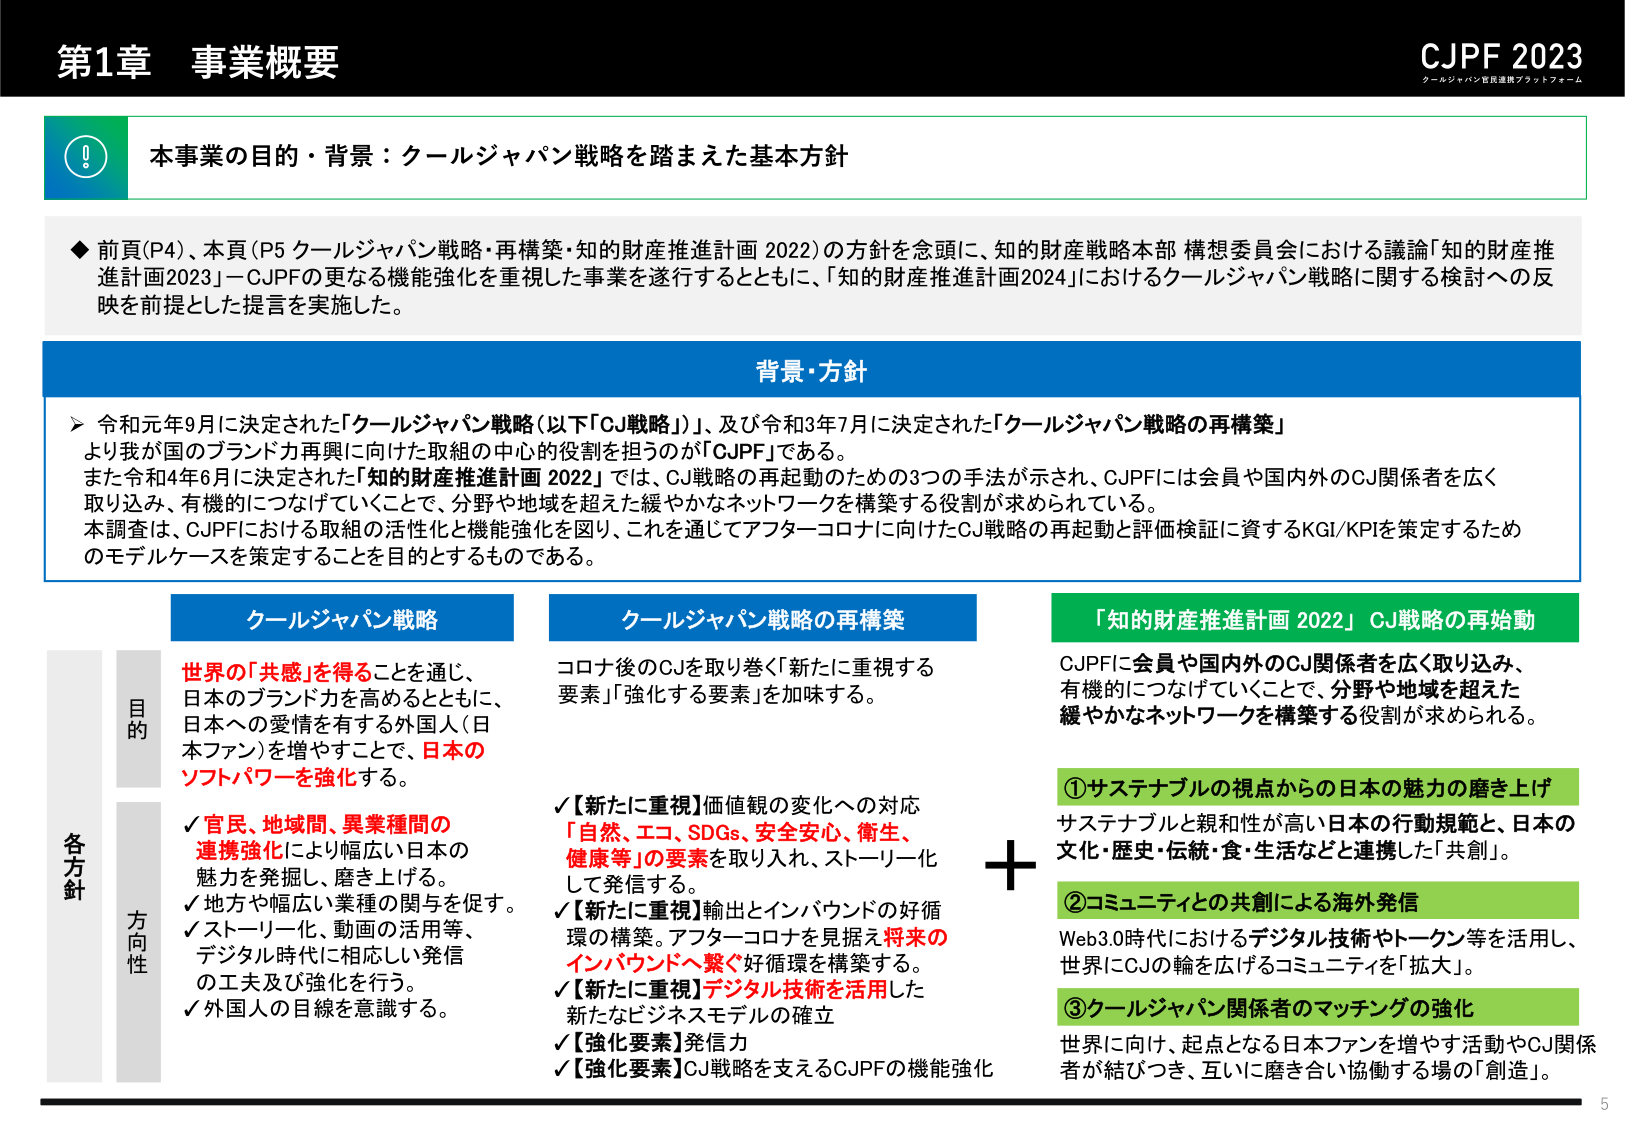
第1章 事業概要

CJPF 2023
クールジャパン官民連携プラットフォーム

本事業の目的・背景：クールジャパン戦略を踏まえた基本方針

◆ 前頁(P4)、本頁(P5 クールジャパン戦略・再構築・知的財産推進計画 2022)の方針を念頭に、知的財産戦略本部 構想委員会における議論「知的財産推進計画2023」－CJPFの更なる機能強化を重視した事業を遂行するとともに、「知的財産推進計画2024」におけるクールジャパン戦略に関する検討への反映を前提とした提言を実施した。

背景・方針

➢ 令和元年9月に決定された「クールジャパン戦略（以下「CJ戦略」）」、及び令和3年7月に決定された「クールジャパン戦略の再構築」
より我が国のブランド力再興に向けた取組の中心的役割を担うのが「CJPF」である。
また令和4年6月に決定された「知的財産推進計画 2022」では、CJ戦略の再起動のための3つの手法が示され、CJPFには会員や国内外のCJ関係者を広く取り込み、有機的につなげていくことで、分野や地域を超えた緩やかなネットワークを構築する役割が求められている。
本調査は、CJPFにおける取組の活性化と機能強化を図り、これを通じてアフターコロナに向けたCJ戦略の再起動と評価検証に資するKGI/KPIを策定するためのモデルケースを策定することを目的とするものである。

クールジャパン戦略

目的
世界の「共感」を得ることを通じ、
日本のブランド力を高めるとともに、
日本への愛情を有する外国人（日本ファン）を増やすことで、日本の
ソフトパワーを強化する。

各方針
方向性
✓ 官民、地域間、異業種間の
連携強化により幅広い日本の
魅力を発掘し、磨き上げる。
✓ 地方や幅広い業種の関与を促す。
✓ ストーリー化、動画の活用等、
デジタル時代に相応しい発信
の工夫及び強化を行う。
✓ 外国人の目線を意識する。

クールジャパン戦略の再構築

コロナ後のCJを取り巻く「新たに重視する
要素」「強化する要素」を加味する。

✓【新たに重視】価値観の変化への対応
「自然、エコ、SDGs、安全安心、衛生、
健康等」の要素を取り入れ、ストーリー化
して発信する。
✓【新たに重視】輸出とインバウンドの好循
環の構築。アフターコロナを見据え将来の
インバウンドへ繋ぐ好循環を構築する。
✓【新たに重視】デジタル技術を活用した
新たなビジネスモデルの確立
✓【強化要素】発信力
✓【強化要素】CJ戦略を支えるCJPFの機能強化

「知的財産推進計画 2022」 CJ戦略の再始動

CJPFに会員や国内外のCJ関係者を広く取り込み、
有機的につなげていくことで、分野や地域を超えた
緩やかなネットワークを構築する役割が求められる。

①サステナブルの視点からの日本の魅力の磨き上げ
サステナブルと親和性が高い日本の行動規範と、日本の
文化・歴史・伝統・食・生活などと連携した「共創」。

②コミュニティとの共創による海外発信
Web3.0時代におけるデジタル技術やトークン等を活用し、
世界にCJの輪を広げるコミュニティを「拡大」。

③クールジャパン関係者のマッチングの強化
世界に向け、起点となる日本ファンを増やす活動やCJ関係
者が結びつき、互いに磨き合い協働する場の「創造」。

5